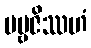
ပဗ္ဗဇိဿဟံ